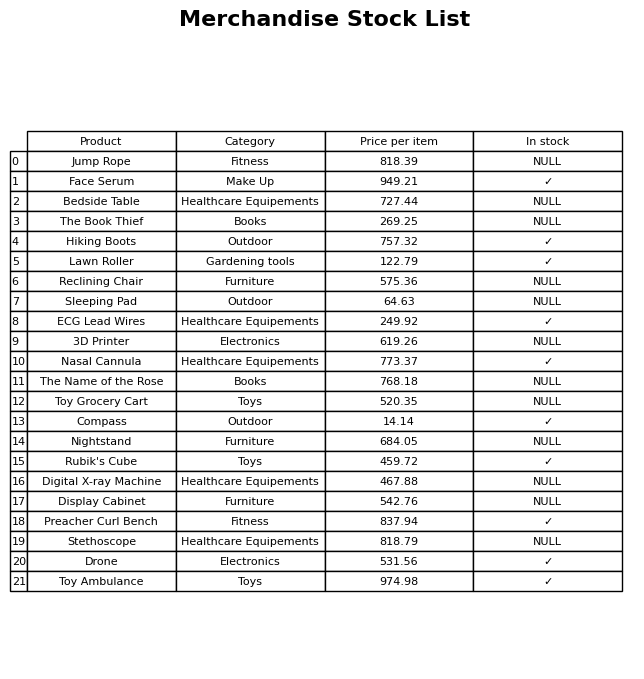
question: What is the price for The Book Thief?
answer: The price of The Book Thief is 269.25.